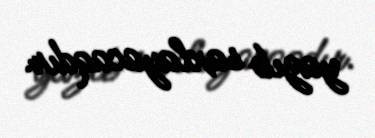
yazıb saxlayacaqdır.